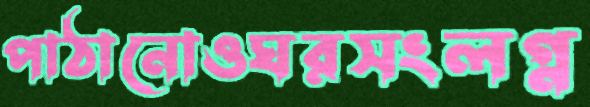
পাঠানোওঘরসংলগ্ন